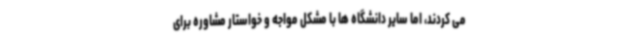
می کردند، اما سایر دانشگاه ها با مشکل مواجه و خواستار مشاوره برای